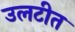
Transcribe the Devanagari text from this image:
उलटीत